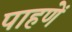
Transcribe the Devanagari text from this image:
पाहणें